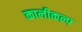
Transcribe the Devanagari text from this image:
कालीकल्प